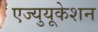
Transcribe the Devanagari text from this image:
एज्युयूकेशन